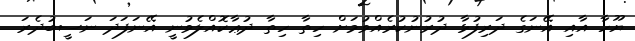
ޔޫހާ އާއި އޭނަގެ ދަރިފުޅާ ދުރުނުކުރެއްވުމަށް ހިތާ ހިތާ ދުޢާކޮއްލެވުނީ އޭނަފަދަ ނަސީބުދެރަ